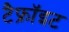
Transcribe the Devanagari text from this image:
टैफ्रॉइट